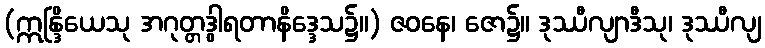
(ဣန္ဒြိယေသု အဂုတ္တဒွါရတာနိဒ္ဒေသ၌။) ဇဝနေ၊ ဇော၌။ ဒုဿီလျာဒီသု၊ ဒုဿီလျ